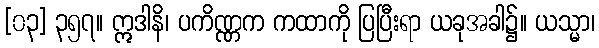
[၀၃] ၃၅၇။ ဣဒါနိ၊ ပကိဏ္ဏက ကထာကို ပြပြီးရာ ယခုအခါ၌။ ယသ္မာ၊